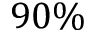
9 0 \%